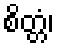
စိတ္တံ၊